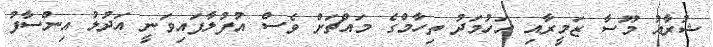
ޝުރާއު މޫސާ ޒަމީރާއި އަހުމަދު ތިހާމްގެ މައްޗަށް ވެސް އުފުލާފައިވަނީ އަދުލު އިންސާފު